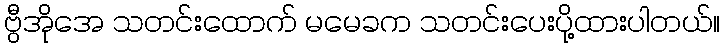
ဗွီအိုအေ သတင်းထောက် မမေခက သတင်းပေးပို့ထားပါတယ်။